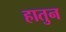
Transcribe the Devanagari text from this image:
हातुन